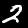
Label: 2